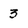
Character: 3